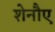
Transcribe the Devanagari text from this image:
शेनौए